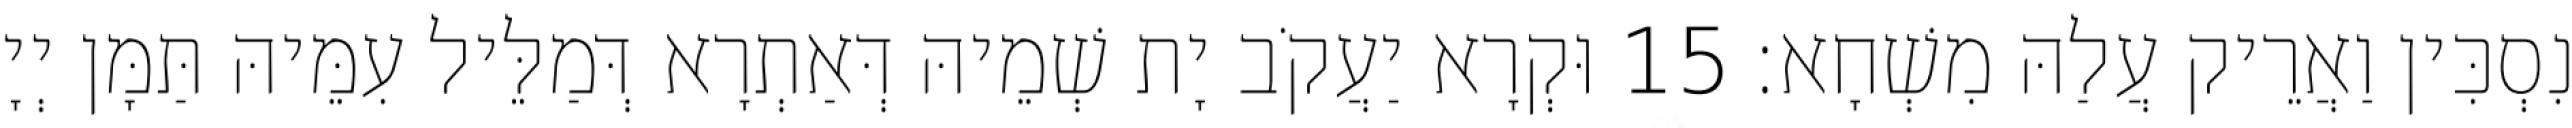
נִסְכִּין וַאֲרֵיק עֲלַהּ מִשְׁחָא׃ 15 וּקְרָא יַעֲקֹב יָת שְׁמֵיהּ דְּאַתְרָא דְּמַלֵּיל עִמֵּיהּ תַּמָּן יְיָ